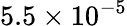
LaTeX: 5.5\times 10^{-5}